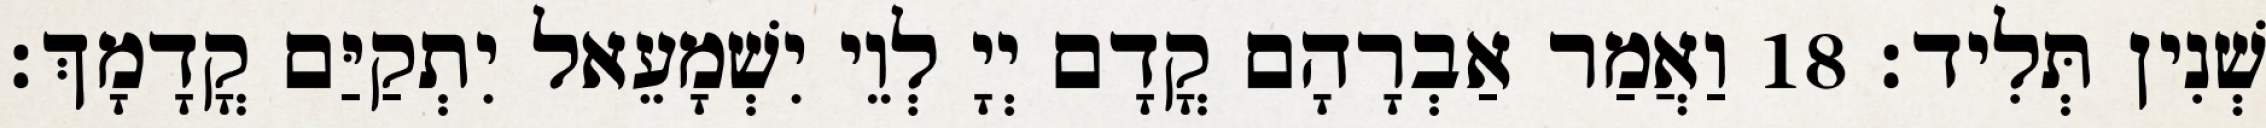
שְׁנִין תְּלִיד׃ 18 וַאֲמַר אַבְרָהָם קֳדָם יְיָ לְוֵי יִשְׁמָעֵאל יִתְקַיַּם קֳדָמָךְ׃